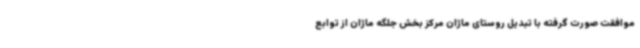
موافقت صورت گرفته با تبدیل روستای ماژان مرکز بخش جلگه ماژان از توابع